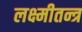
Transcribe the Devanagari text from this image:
लक्ष्मीतन्त्र